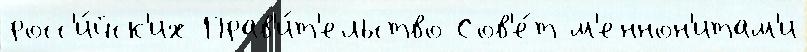
росс'и́йск'их Прав'и́т'ельство Сов'е́т м'еннон'итам'и